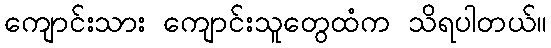
ကျောင်းသား ကျောင်းသူတွေထံက သိရပါတယ်။